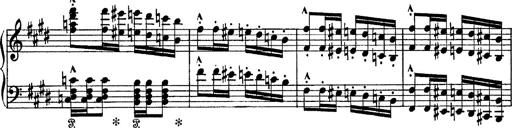
Title: Tarantelle di bravura dâ€™aprÃ¨s la tarantelle de La muette de Portici
Composer: Franz Liszt